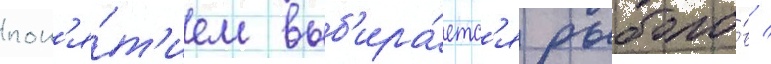
пон'я́т'ием выб'ира́етс'я рыболо́в /